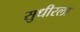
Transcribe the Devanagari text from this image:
सुधीरला